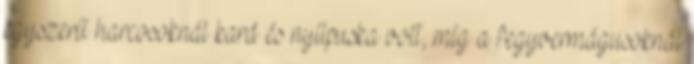
egyszerű harcosoknál kard és nyílpuska volt, míg a fegyvermágusoknál